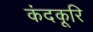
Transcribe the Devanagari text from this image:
कंदकूरि